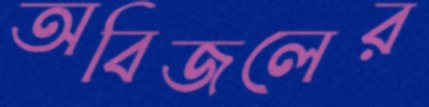
অবিজলের